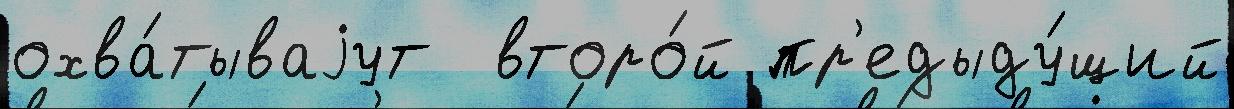
охва́тываjут  второ́й пр'едыду́щий